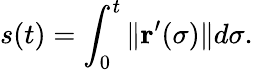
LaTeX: s(t)=\int_{0}^{t}\| \mathbf{r}^{\prime}(\sigma)\| d\sigma.